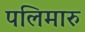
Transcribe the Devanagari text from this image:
पलिमारु